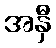
အနှီ